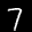
Label: 7